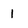
Character: 1